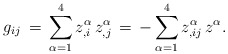
\begin{align*}g_{ij}\,=\,\sum_{\alpha =1}^4{}z^\alpha _{,i}\,z^\alpha_{,j}\,=\,-\sum_{\alpha=1}^4{}z^\alpha_{,ij}\,z^\alpha .\end{align*}